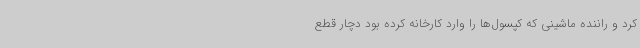
کرد و راننده ماشینی که کپسول‌ها را وارد کارخانه کرده بود دچار قطع